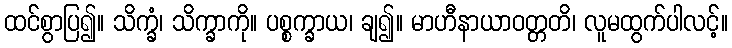
ထင်စွာပြ၍။ သိက္ခံ၊ သိက္ခာကို။ ပစ္စက္ခာယ၊ ချ၍။ မာဟီနာယာဝတ္တတိ၊ လူမထွက်ပါလင့်။